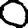
Digit: 0